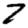
Digit: 7